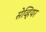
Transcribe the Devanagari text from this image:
सेव्हियर